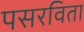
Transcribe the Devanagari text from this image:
पसरविता